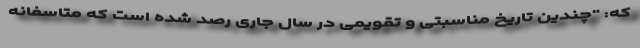
که: "چندین تاریخ مناسبتی و تقویمی در سال جاری رصد شده است که متاسفانه